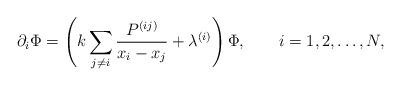
LaTeX: \begin{align*}\partial_i\Phi = \left(k \sum_{j\ne i} \frac{P^{(ij)}}{x_i-x_j} +\lambda^{(i)} \right) \Phi, \qquad i=1,2,\ldots,N, \end{align*}